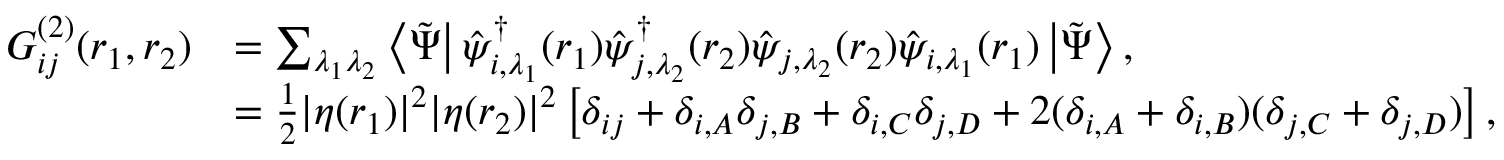
\begin{array} { r l } { G _ { i j } ^ { ( 2 ) } ( \boldsymbol { r } _ { 1 } , \boldsymbol { r } _ { 2 } ) } & { = \sum _ { \lambda _ { 1 } \lambda _ { 2 } } \left\langle \tilde { \Psi } \right| \hat { \psi } _ { i , \lambda _ { 1 } } ^ { \dagger } ( \boldsymbol { r } _ { 1 } ) \hat { \psi } _ { j , \lambda _ { 2 } } ^ { \dagger } ( \boldsymbol { r } _ { 2 } ) \hat { \psi } _ { j , \lambda _ { 2 } } ( \boldsymbol { r } _ { 2 } ) \hat { \psi } _ { i , \lambda _ { 1 } } ( \boldsymbol { r } _ { 1 } ) \left| \tilde { \Psi } \right\rangle , } \\ & { = \frac { 1 } { 2 } | \eta ( \boldsymbol { r } _ { 1 } ) | ^ { 2 } | \eta ( \boldsymbol { r } _ { 2 } ) | ^ { 2 } \left[ \delta _ { i j } + \delta _ { i , A } \delta _ { j , B } + \delta _ { i , C } \delta _ { j , D } + 2 ( \delta _ { i , A } + \delta _ { i , B } ) ( \delta _ { j , C } + \delta _ { j , D } ) \right] , } \end{array}